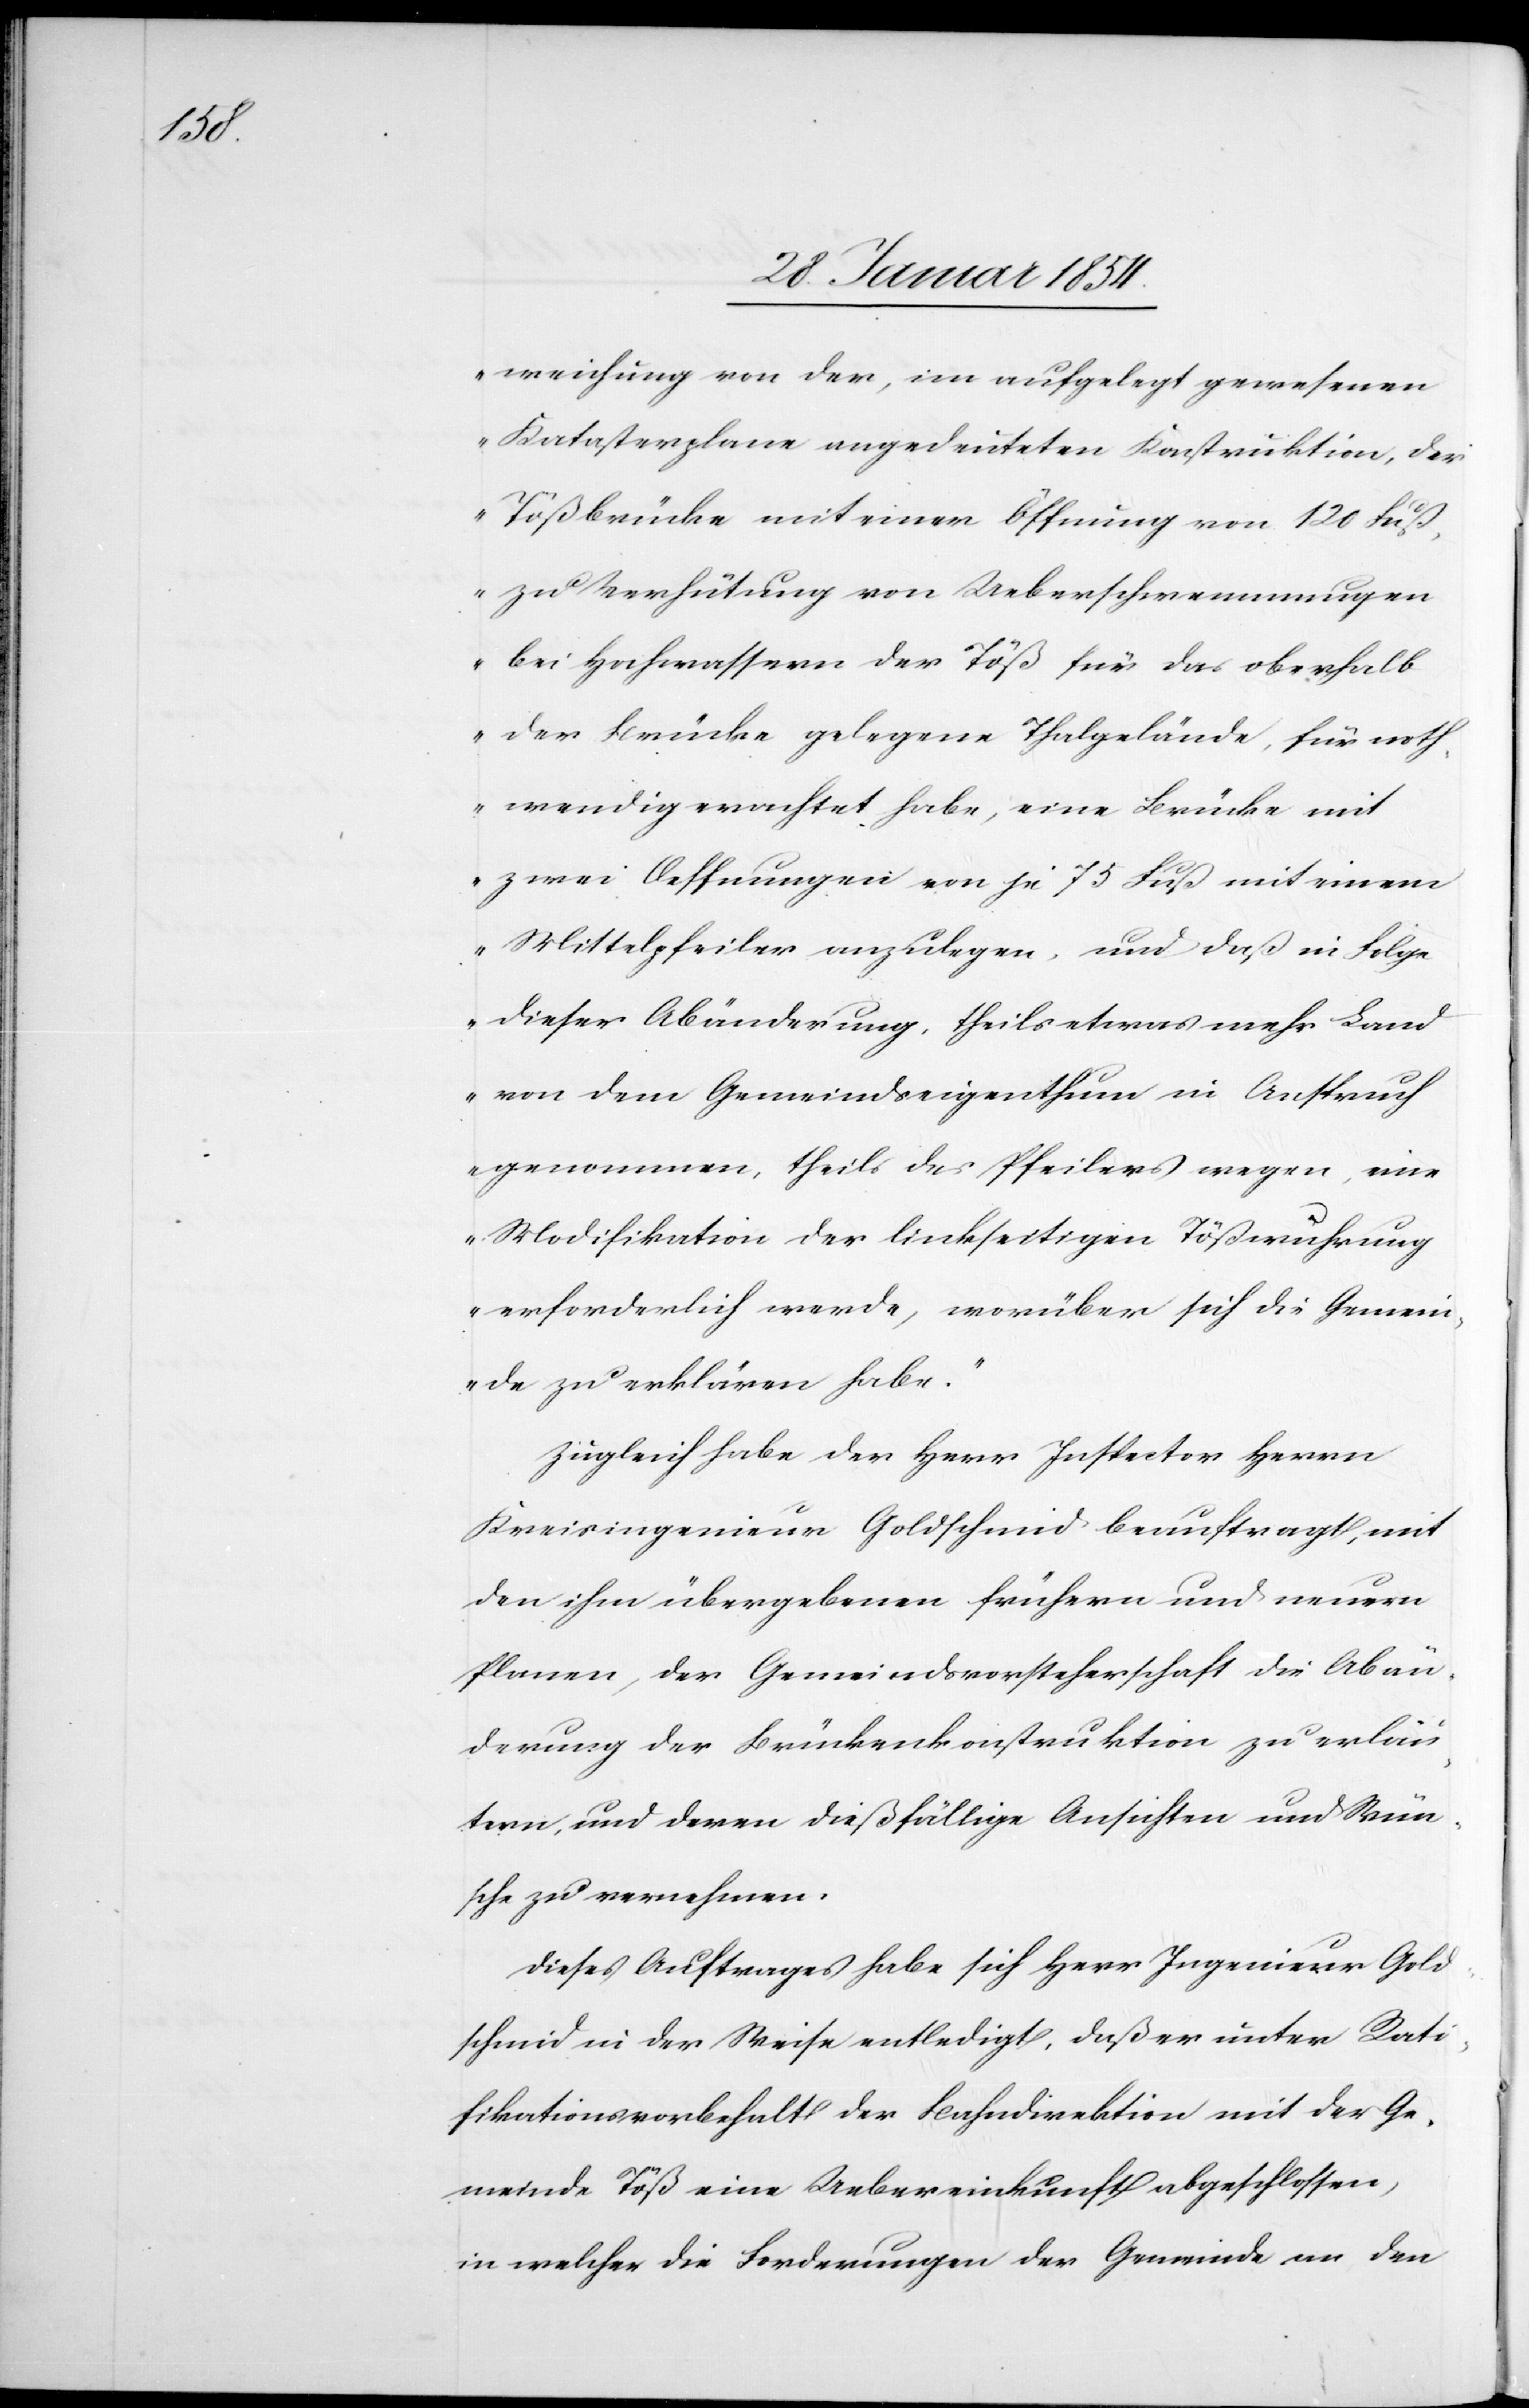
weichung von der, im aufgelegt gewesenen
Katasterplane angedeuteten Konstruktion, der
Tößbrücke mit einer Öffnung von 120 Fuß,
zu Verhütung von Ueberschwemmungen
bei Hochwassern der Töß für das oberhalb
der Brücke gelegene Thalgelände, für noth¬
wendig erachtet habe, eine Brücke mit
zwei Oeffnungen von je 75 Fuß mit einem
Mittelpfeiler anzulegen, und daß in Folge
dieser Abänderung, theils etwas mehr Land
von dem Gemeindseigenthum in Anspruch
genommen, theils des Pfeilers wegen, eine
Modifikation der linkseitigen Tößwuhrung
erforderlich werde, worüber sich die Gemein¬
de zu erklären habe.“
Zugleich habe der Herr Inspector Herrn
Kreisingenieur Goldschmid beauftragt, mit
den ihm übergebenen frühern und neuern
Planen, der Gemeindsvorsteherschaft die Abän¬
derung der Brückenkonstruktion zu erläu¬
tern, und deren dießfällige Ansichten und Wün¬
sche zu vernehmen.
Dieses Auftrages habe sich Herr Ingenieur Gold¬
schmid in der Weise entledigt, daß er unter Rati¬
fikationsvorbehalt der Bahndirektion mit der Ge¬
meinde Töß eine Uebereinkunft abgeschlossen,
in welcher die Forderungen der Gemeinde an den